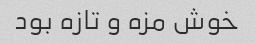
خوش مزه و تازه بود